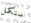
سنكمل